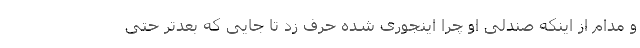
و مدام از اینکه صندلی او چرا اینجوری شده حرف زد تا جایی که بعدتر حتی